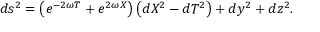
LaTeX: d s ^ { 2 } = \left( e ^ { - 2 \omega T } + e ^ { 2 \omega X } \right) \left( d X ^ { 2 } - d T ^ { 2 } \right) + d y ^ { 2 } + d z ^ { 2 } .